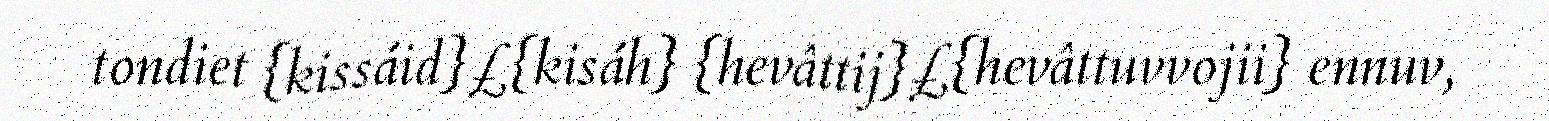
tondiet {kissáid}£{kisáh} {hevâttij}£{hevâttuvvojii} ennuv,